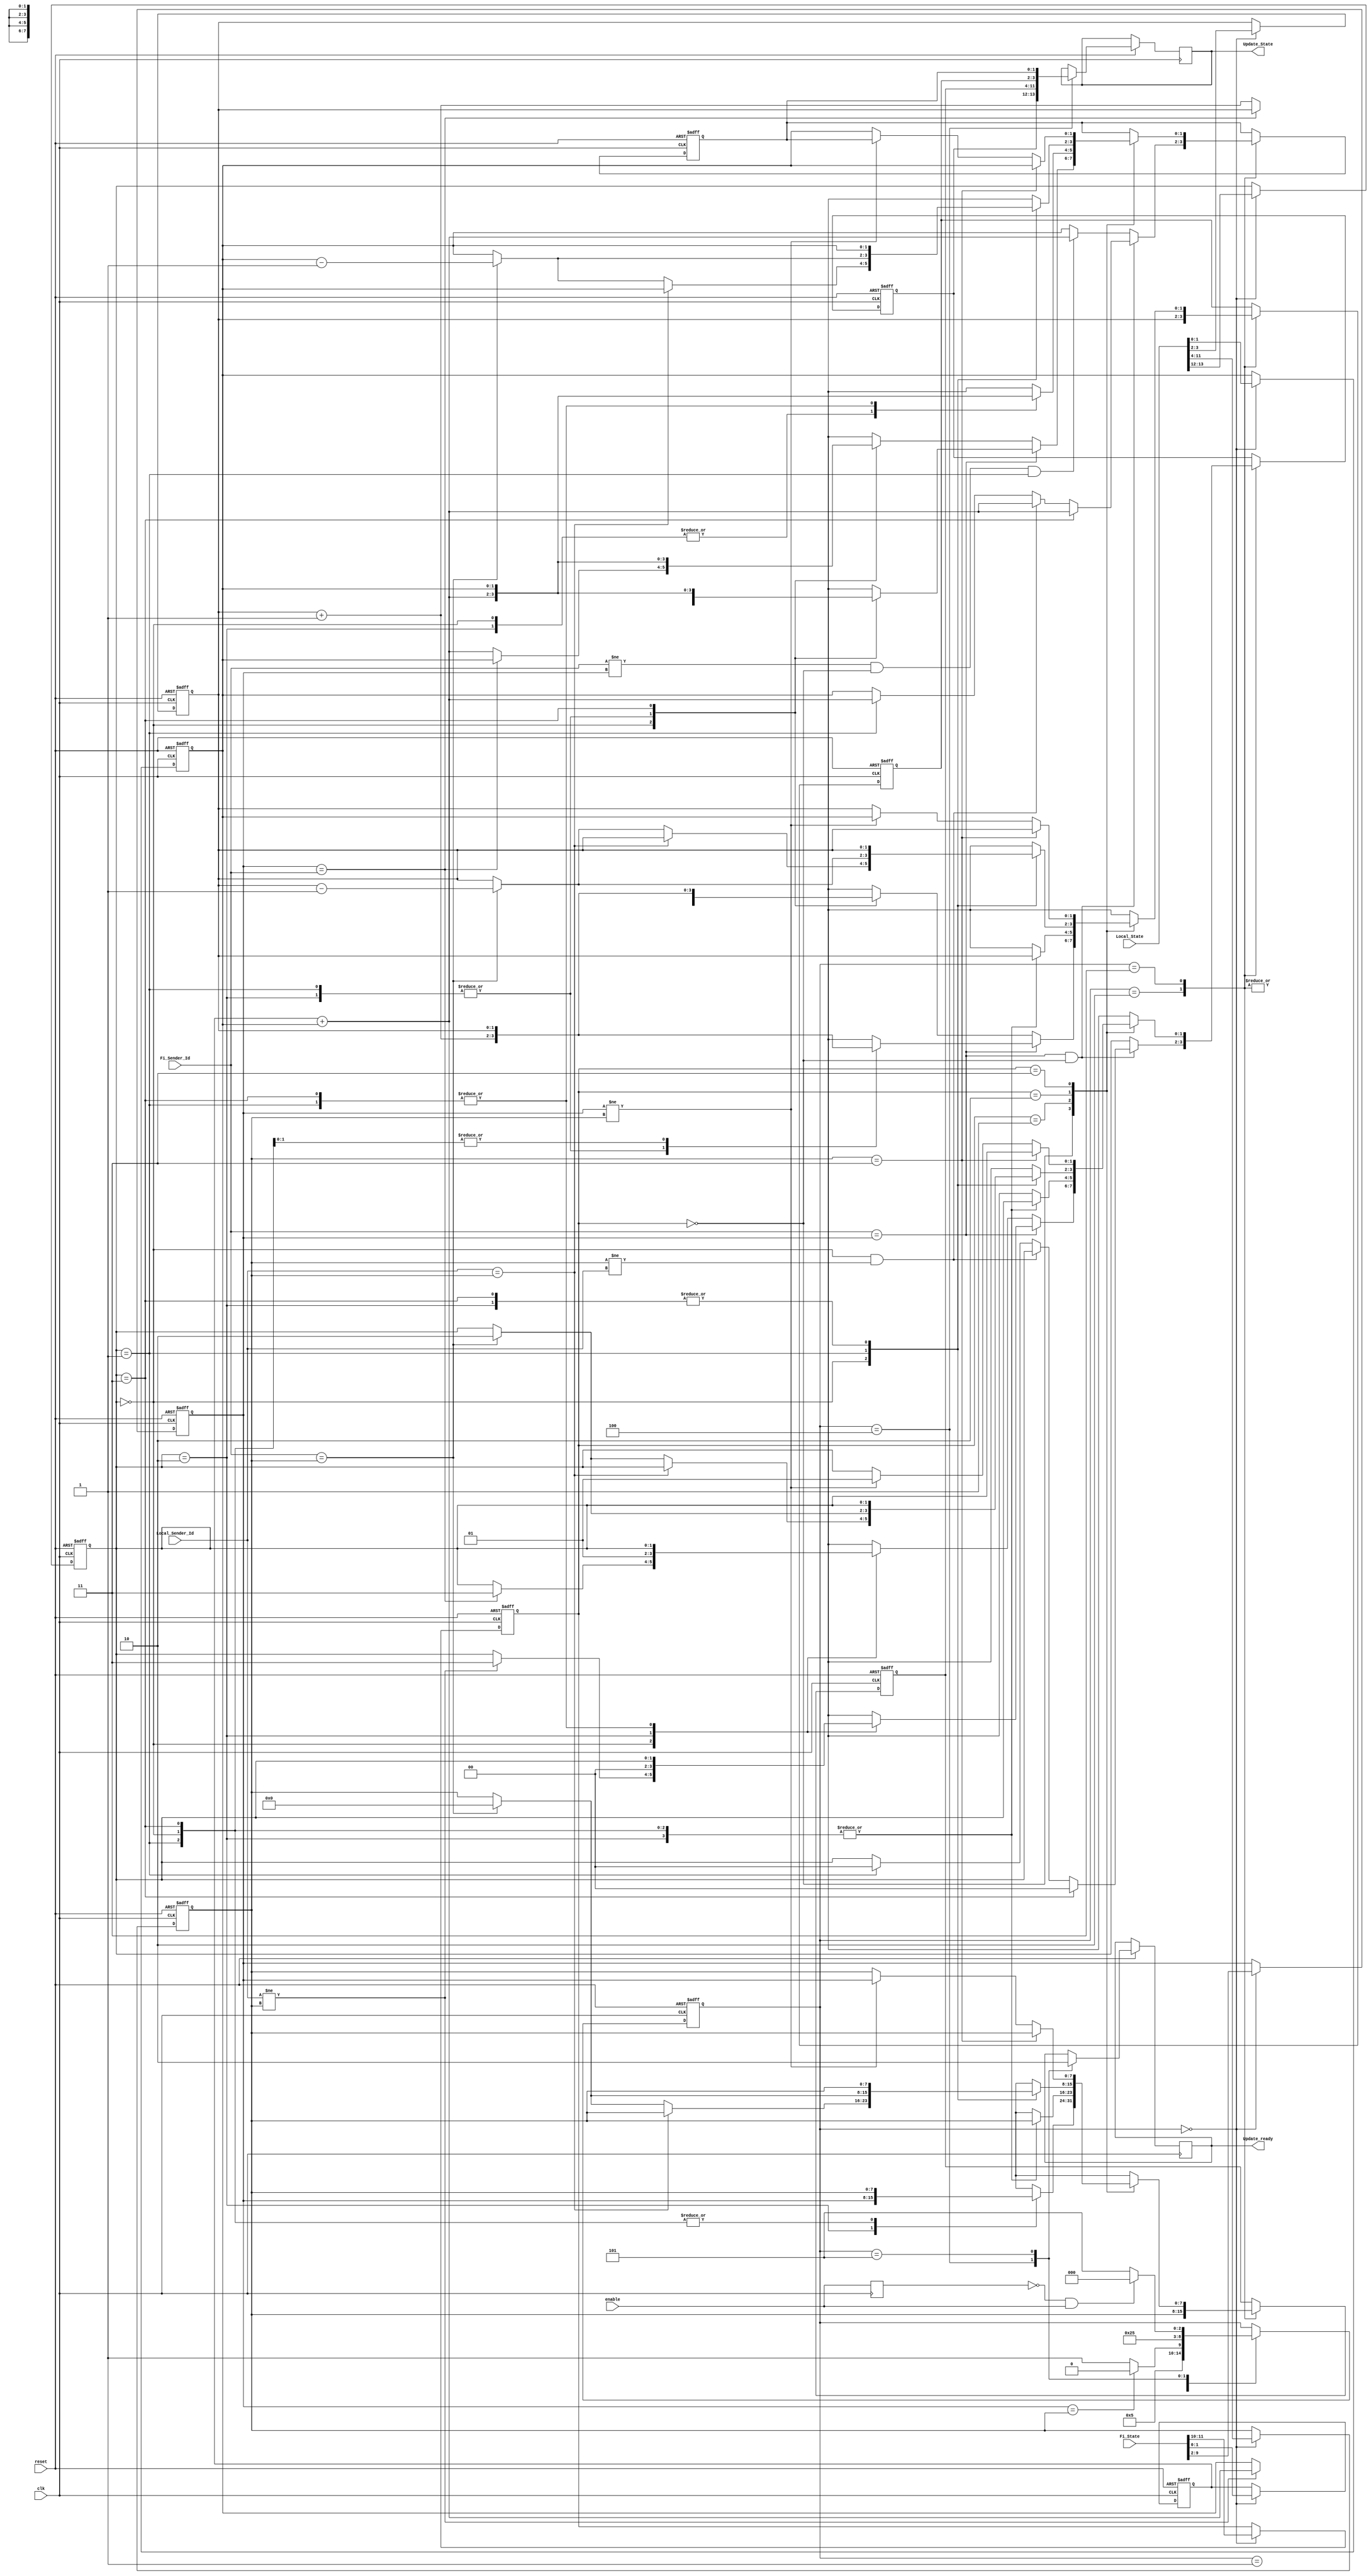
module State_Update(
        input clk,reset,enable,
        input [7:0] Fi_Sender_Id,Local_Sender_Id,       
        input [11:0]Fi_State,
        input [13:0]Local_State,
        output Update_ready,
        output [13:0] Update_State
    );
    reg [1:0] Fi_Busy,Local_Busy,Update_Busy;   //Busy保存时隙状态
    reg [7:0] Fi_Id,Local_Id,Update_Id;         //ID保存占用的时隙ID
    reg [1:0] Fi_C2H,Local_C2H,Update_C2H;      //C2H保存两跳内占用该时隙的结点数量
    reg [1:0] Local_C3H,Update_C3H;             //C3H保存三跳内占用该时隙的结点数量，只有本地保存
    reg [13:0] Update_Tmp;
    reg ready;
    reg [2:0] i;
    reg enable_daly1; //寄存enable
    wire pos_enable;// enable 上升沿检测
    always @(posedge clk) begin
        enable_daly1 <= enable;
    end
    assign pos_enable = (~enable_daly1) & enable;

    always @ (posedge clk or negedge reset)
    begin
        if (!reset) begin   //置零  
            {Fi_Busy,Local_Busy,Update_Busy} <= 0;  
            {Fi_Id,Local_Id,Update_Id,Fi_C2H,Local_C2H,Update_C2H,Local_C3H,Update_C3H} <= 0;   
            i <= 3'd5;
        end else begin
            begin
                case (i)
                    3'd0:   begin //接受数据
                                {Fi_Busy,Fi_Id,Fi_C2H} <=  Fi_State;
                                {Local_Busy, Local_Id, Local_C2H, Local_C3H} <= Local_State;
                                i <= 3'd1;  //从[0]->[1]
                            end

                    3'd1:   begin   //判断ID是否一样
                                if (Fi_Id == Local_Id)  begin i <= 3'd2; end    //从[1]->[2]
                                else begin i <= 3'd3; end                       //从[1]->[3]
                            end 
                            
                    3'd2:   begin   //时隙占用者ID一致,进行状态更新
                                if (Fi_Sender_Id == Fi_Id & Fi_Busy == 2'b00)    // FI为自己占用时隙
                                begin
                                    if (Local_Busy == 2'b11)//local为冲突，更新为一条占用                                       
                                        begin Update_Busy <= 2'b00;Update_Id <= Local_Id;Update_C2H <= Local_C2H;Update_C3H <= Local_C3H + Fi_C2H;end 
                                    else if (Local_Busy == 2'b00 & Local_Id != Local_Sender_Id)//loacl为一跳占用，更新C2H，确认存活                                                                                           
                                        begin Update_Busy <= Local_Busy;Update_Id <= Local_Id;Update_C2H <= Local_C2H;Update_C3H <= Local_C3H + Fi_C2H; end
                                    else if (Local_Busy == 2'b01) //local为两条占用,更新为一条占用
                                        begin Update_Busy <= 2'b00; Update_Id <= Local_Id; Update_C2H <= Local_C2H; Update_C3H <= Local_C3H + Fi_C2H; end     
                                    else begin Update_Busy <= Local_Busy;Update_Id <= Local_Id;Update_C2H <= Local_C2H;Update_C3H<=Local_C3H;end //无动作
                                end
                                else if (Fi_Sender_Id != Fi_Id & Fi_Busy == 2'b00 & Local_Busy == 2'b01)      //FI为一跳占用 Local为两跳占用 确认存活
                                    begin Update_Busy <= Local_Busy;Update_Id <= Local_Id;Update_C2H <= Local_C2H;Update_C3H <= Local_C3H + Fi_C2H; end  
                                else begin Update_Busy <= Local_Busy;Update_Id <= Local_Id;Update_C2H <= Local_C2H;Update_C3H<=Local_C3H; end //无动作
                                i <= 3'd4;       ////从[2]->[4]
                            end
                            ////////////////////////////////////////////////////////////////////////////////////////////////////////////////////////



                            /////////////////////////////////////////////////////////////////////////////////////////////////////////////////////////
                    3'd3:   begin   //时隙占用者ID不一致，进行状态更新
                            case (Fi_Busy)
                                2'b00:  begin   //FI为忙碌
                                            if (Fi_Sender_Id == Fi_Id) // FI自己占用这个时隙
                                                begin 
                                                    case (Local_Busy)   //判断本地该时隙占用状态
                                                        2'b00:  begin   //local为忙碌
                                                                    if (Local_Sender_Id != Local_Id) begin   //Local为一跳占用这个时隙
                                                                        Update_Busy <= 2'b11;       //发生冲突，时隙状态设为冲突
                                                                        Update_Id <= Local_Id;      //判决上一帧时隙占用者继续保持该时隙
                                                                        Update_C2H <= Local_C2H;    
                                                                        Update_C3H <= Local_C3H + Fi_C2H;
                                                                    end else begin  //local 为自己占用时隙，无动作
                                                                        Update_Busy <= Local_Busy;
                                                                        Update_Id <= Local_Id;
                                                                        Update_C2H <= Local_C2H;
                                                                        Update_C3H <= Local_C3H;
                                                                    end 
                                                                end 
                                                        2'b01:  begin   //local为两条占用 更新C2H,C3H
                                                                    Update_Busy <= Local_Busy;
                                                                    Update_Id <= Local_Id;
                                                                    Update_C2H <= Local_C2H + 1;
                                                                    Update_C3H <= Local_C3H + Fi_C2H;
                                                                end 
                                                        2'b10:  begin   //local为空闲,更新BUSY = 一条占用；更新ID；
                                                                    Update_Busy <= 2'b00;
                                                                    Update_Id <= Fi_Id;
                                                                    Update_C2H <= Local_C2H + 1;
                                                                    Update_C3H <= Local_C3H + Fi_C2H;
                                                                end 
                                                        2'b11:  begin   //local为冲突 无动作
                                                                    Update_Busy <= Local_Busy;
                                                                    Update_Id <= Local_Id;
                                                                    Update_C2H <= Local_C2H;
                                                                    Update_C3H <= Local_C3H;
                                                                end 
                                                    endcase 
                                                end 
                                            else                       // FI的邻居占用这个时隙（一跳占用）
                                                begin
                                                    case (Local_Busy)
                                                        2'd00:  begin   // local 为忙碌
                                                                    if (Fi_Id == Fi_Sender_Id) begin // local 为自己占用 发生冲突
                                                                        Update_Busy <= 2'd11;   //设置状态为冲突
                                                                        Update_Id <= Local_Id;  // 判决时隙上一帧占用者为冲突胜利者；
                                                                        Update_C2H <= Local_C2H;
                                                                        Update_C3H <= Local_C3H;
                                                                    end else begin  // local 为一跳占用 更新C2H和C3H
                                                                        Update_Busy <= Local_Busy;
                                                                        Update_Id <= Local_Id;
                                                                        Update_C2H <= Local_C2H + 1;
                                                                        Update_C3H <= Fi_C2H + Local_C3H;
                                                                    end 
                                                                end 
                                                        2'd01:  begin   // local 为两跳占用 更新C2H和C3H
                                                                    Update_Busy <= Local_Busy;
                                                                    Update_Id <= Local_Id;
                                                                    Update_C2H <= Local_C2H + 1;
                                                                    Update_C3H <= Fi_C2H + Local_C3H;
                                                                end     
                                                        2'd10:  begin   // local 为空闲 BUSY=两条占用；更新ID；C2H+1；C3H+1
                                                                    Update_Busy <= 2'b01;
                                                                    Update_Id <= Fi_Id;
                                                                    Update_C2H <= Local_C2H + 1;
                                                                    Update_C3H <= Local_C3H + Fi_C2H;
                                                                end 
                                                        2'd11:  begin   // local 为冲突 不改变
                                                                    Update_Busy <= Local_Busy;
                                                                    Update_Id <= Local_Id;
                                                                    Update_C2H <= Local_C2H;
                                                                    Update_C3H <= Local_C3H;
                                                                end 
                                                    endcase 
                                                end
                                end
                                2'b01:  begin   //FI为两跳占用
                                    case (Local_Busy)
                                        2'b00:  begin // LOCAL为忙率
                                                    if (Local_Sender_Id == Local_Id) begin  // local为自己占用  只更新C3H
                                                        Update_Busy <= Local_Busy;
                                                        Update_Id <= Local_Id;
                                                        Update_C2H <= Local_C2H;
                                                        Update_C3H <= Local_C3H + Fi_C2H;
                                                    end else begin  //local为一跳占用 只更新C3H
                                                        Update_Busy <= Local_Busy;
                                                        Update_Id <= Local_Id;
                                                        Update_C2H <= Local_C2H;
                                                        Update_C3H <= Local_C3H + Fi_C2H;
                                                    end
                                                end 
                                        2'b01:  begin   //local为两跳，不更新
                                                    Update_Busy <= Local_Busy;
                                                    Update_Id <= Local_Id;
                                                    Update_C2H <= Local_C2H;
                                                    Update_C3H <= Local_C3H;
                                                end 
                                        2'b10:  begin   // local为空闲  只更新C3H
                                                    Update_Busy <= Local_Busy;
                                                    Update_Id <= Local_Id;
                                                    Update_C2H <= Local_C2H;
                                                    Update_C3H <= Local_C3H + Fi_C2H;
                                                end 
                                        2'b11:  begin   // local为冲突  无变化：
                                                    Update_Busy <= Local_Busy;
                                                    Update_Id <= Local_Id;
                                                    Update_C2H <= Local_C2H;
                                                    Update_C3H <= Local_C3H;
                                                end 
                                    endcase 
                                end 
                                2'b10:  begin   //FI为空闲  
                                    case (Local_Busy)
                                        2'b00:  begin   //local为忙碌
                                                    if (Local_Sender_Id == Local_Id) begin  // local为自己占用  无变化
                                                        Update_Busy <= Local_Busy;
                                                        Update_Id <= Local_Id;
                                                        Update_C2H <= Local_C2H;
                                                        Update_C3H <= Local_C3H;
                                                    end else begin  
                                                        if (Fi_Sender_Id == Local_Id) begin //若发送报文的节点时该节点原有的占用者，则BUSY=空闲，C2H-1,C3H-1
                                                            Update_Busy <= 2'b10;
                                                            Update_Id <= 8'b00000000;
                                                            Update_C2H <= Local_C2H - 1;
                                                            Update_C3H <= Local_C3H -1;
                                                        end else begin                      // 否则无变化
                                                            Update_Busy <= Local_Busy;
                                                            Update_Id <= Local_Id;
                                                            Update_C2H <= Local_C2H;
                                                            Update_C3H <= Local_C3H;
                                                        end
                                                    end
                                                end 
                                        2'b01:  begin   //local为两跳占用   
                                                    if (Fi_Sender_Id == Local_Id) begin //若发送报文的节点时该节点原有的占用者，则BUSY=空闲，C2H-1,C3H-1
                                                            Update_Busy <= 2'b10;
                                                            Update_Id <= 8'b00000000;
                                                            Update_C2H <= Local_C2H - 1;
                                                            Update_C3H <= Local_C3H -1;
                                                        end else begin                      // 否则无变化
                                                            Update_Busy <= Local_Busy;
                                                            Update_Id <= Local_Id;
                                                            Update_C2H <= Local_C2H;
                                                            Update_C3H <= Local_C3H;
                                                        end
                                                end 
                                        2'b10:  begin   //local为空闲   无变化
                                                    Update_Busy <= Local_Busy;
                                                    Update_Id <= Local_Id;
                                                    Update_C2H <= Local_C2H;
                                                    Update_C3H <= Local_C3H;
                                                end 
                                        2'b11:  begin   //local为冲突   无变化
                                                    Update_Busy <= Local_Busy;
                                                    Update_Id <= Local_Id;
                                                    Update_C2H <= Local_C2H;
                                                    Update_C3H <= Local_C3H;
                                                end  
                                    endcase     
                                end
                                2'b11:  begin   //FI为冲突,冲突放弃
                                    if (Local_Id == 2'b11) begin    //local为冲突 不更新
                                        Update_Busy <= Local_Busy;
                                        Update_Id <= Local_Id;
                                        Update_C2H <= Local_C2H;
                                        Update_C3H <= Local_C3H;
                                    end else begin  //LOACL不为冲突
                                        if (Fi_Id != Local_Id) begin    //若FI中时隙ID不等于本地时隙信息，以FI中判决ID为冲突的胜者更新状态
                                            Update_Busy <= 2'b01;   //更新状态为两跳占用
                                            Update_Id <= Fi_Id;
                                            Update_C2H <= Local_C2H;
                                            Update_C2H <= Local_C3H;
                                        end else begin                  // 否则不更改状态
                                            Update_Busy <= Local_Busy;
                                            Update_Id <= Local_Id;
                                            Update_C2H <= Local_C2H;
                                            Update_C3H <= Local_C3H;
                                        end
                                    end
                                     
                                end 
                            endcase 
                            i <= 3'd4;  //从[3]->[4]
                        end
                            ////////////////////////////////////////////////////////////////////////////////////////////////////////////////////////
                    3'd4:  begin   //发送更新后的状态
                        Update_Tmp <= {Update_Busy,Update_Id,Update_C2H,Update_C3H};
                        ready <= 1;
                        i <= 3'd5;  //从[4]->[5]
                    end
                    3'd5 :  begin   //初始状态
                        ready <= 0;
                        if (pos_enable) begin
                            i <= 3'd0;  //从[5]->[0]    接收到使能信号，更新时隙
                        end else begin
                            i <= 3'd5;  //从[5]->[5]    没接收到使能信号，等待信号
                        end
                    end 
                endcase
            end 
        end 
    end

    //输出驱动  
    assign Update_State = Update_Tmp;
    assign Update_ready = ready;
endmodule